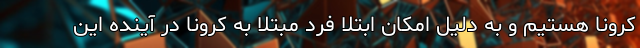
کرونا هستیم و به دلیل امکان ابتلا فرد مبتلا به کرونا در آینده این